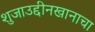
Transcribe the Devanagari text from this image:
शुजाउद्दीनखानाचा